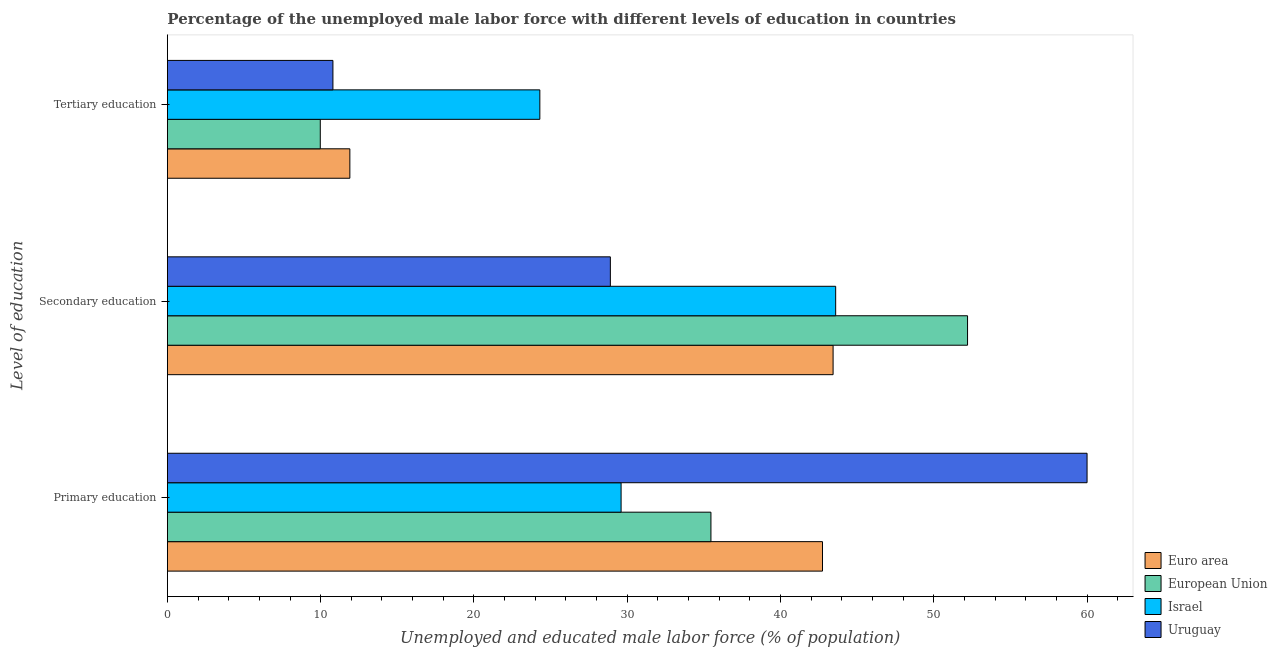
| Level of education | Euro area | European Union | Israel | Uruguay |
 | --- | --- | --- | --- | --- |
 | Primary education | 42.7 | 35.5 | 29.6 | 60 |
 | Secondary education | 43.4 | 52.2 | 43.6 | 28.9 |
 | Tertiary education | 11.9 | 9.97 | 24.3 | 10.8 |